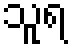
သူရ